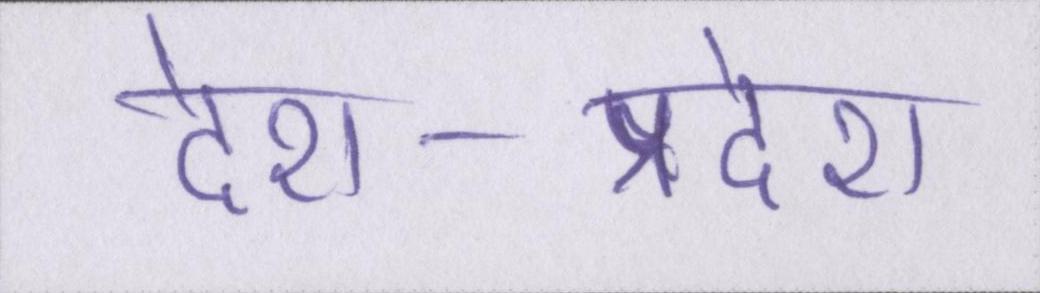
देश-प्रदेश